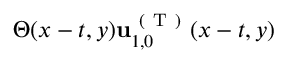
\Theta ( x - t , y ) \mathbf { u } _ { 1 , 0 } ^ { \mathrm { ~ ( ~ T ~ ) ~ } } ( x - t , y )